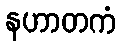
နဟာတကံ